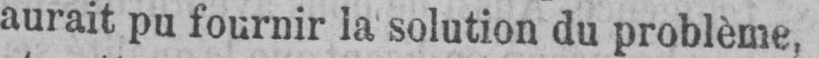
aurait pu fournir la solution du problème,